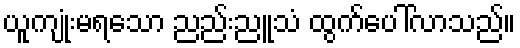
ယူကျုံးမရသော ညည်းညူသံ ထွက်ပေါ်လာသည်။